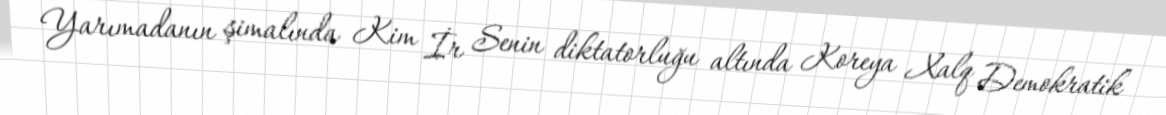
Yarımadanın şimalında Kim İr Senin diktatorluğu altında Koreya Xalq Demokratik